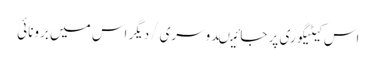
اس کیٹیگوری پر جائیںدوسری/دیگر اس میں برونائی